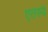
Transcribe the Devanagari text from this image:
एतस्य